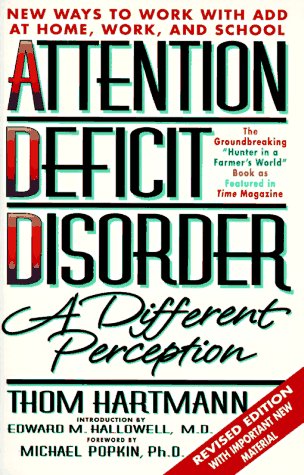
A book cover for Attention Deficit Disorder: A Different Perception; Thom Hartmann; Health, Fitness & Dieting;